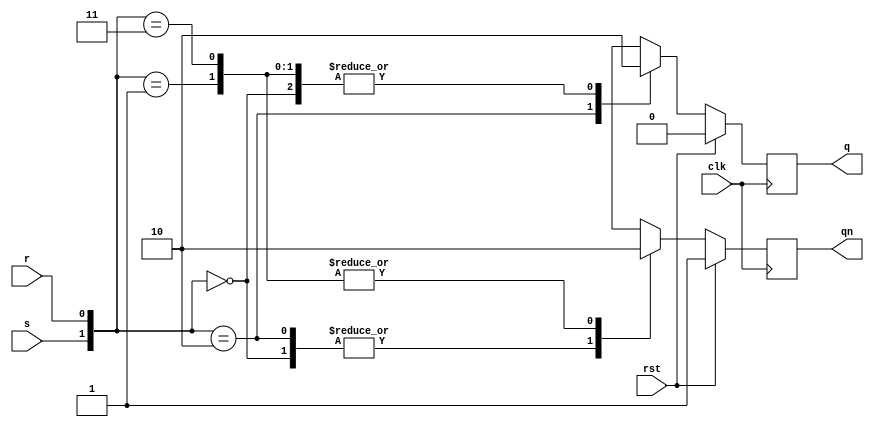
`timescale 1ns / 1ps

module sr(s,r,q,qn,clk,rst );
input s,r,clk,rst;
output reg q,qn;
always@(posedge clk)
begin 
if(rst==1)
begin q<=0; qn<=1; end
else begin
case({s,r})
2'b00 : begin q=0; qn=~q;end
2'b01 : begin q=0; qn=0;end
2'b10 : begin q=1; qn=1;end
2'b11 : begin q=0; qn=0;end
endcase
end
end
endmodule


module sr_tb;
reg s,r,clk,rst;
wire q,qn;
sr uut(s,r,q,qn,clk,rst );
initial begin 
clk=0;
rst=1;
#100
clk=1;
rst=0;
s=0;r=0;#10; 
s=0;r=1;#10; 
s=1;r=0;#10; 
s=1;r=1;#10;
end
always #5 clk=~clk;
endmodule